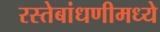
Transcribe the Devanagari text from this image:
रस्तेबांधणीमध्ये